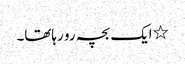
٭ایک بچہ رو رہاتھا۔